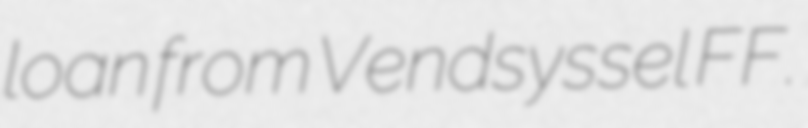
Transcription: loan from Vendsyssel FF.